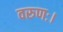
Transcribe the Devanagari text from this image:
वरुणः।